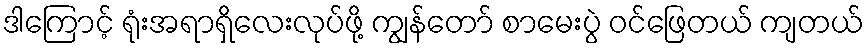
ဒါကြောင့် ရုံးအရာရှိလေးလုပ်ဖို့ ကျွန်တော် စာမေးပွဲ ဝင်ဖြေတယ် ကျတယ်